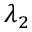
\lambda _ { 2 }